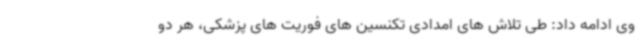
وی ادامه داد: طی تلاش های امدادی تکنسین های فوریت های پزشکی، هر دو